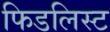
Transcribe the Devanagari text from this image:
फिडलिस्ट